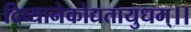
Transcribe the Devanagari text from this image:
दिव्यानेकोद्यतायुधम्‌।।